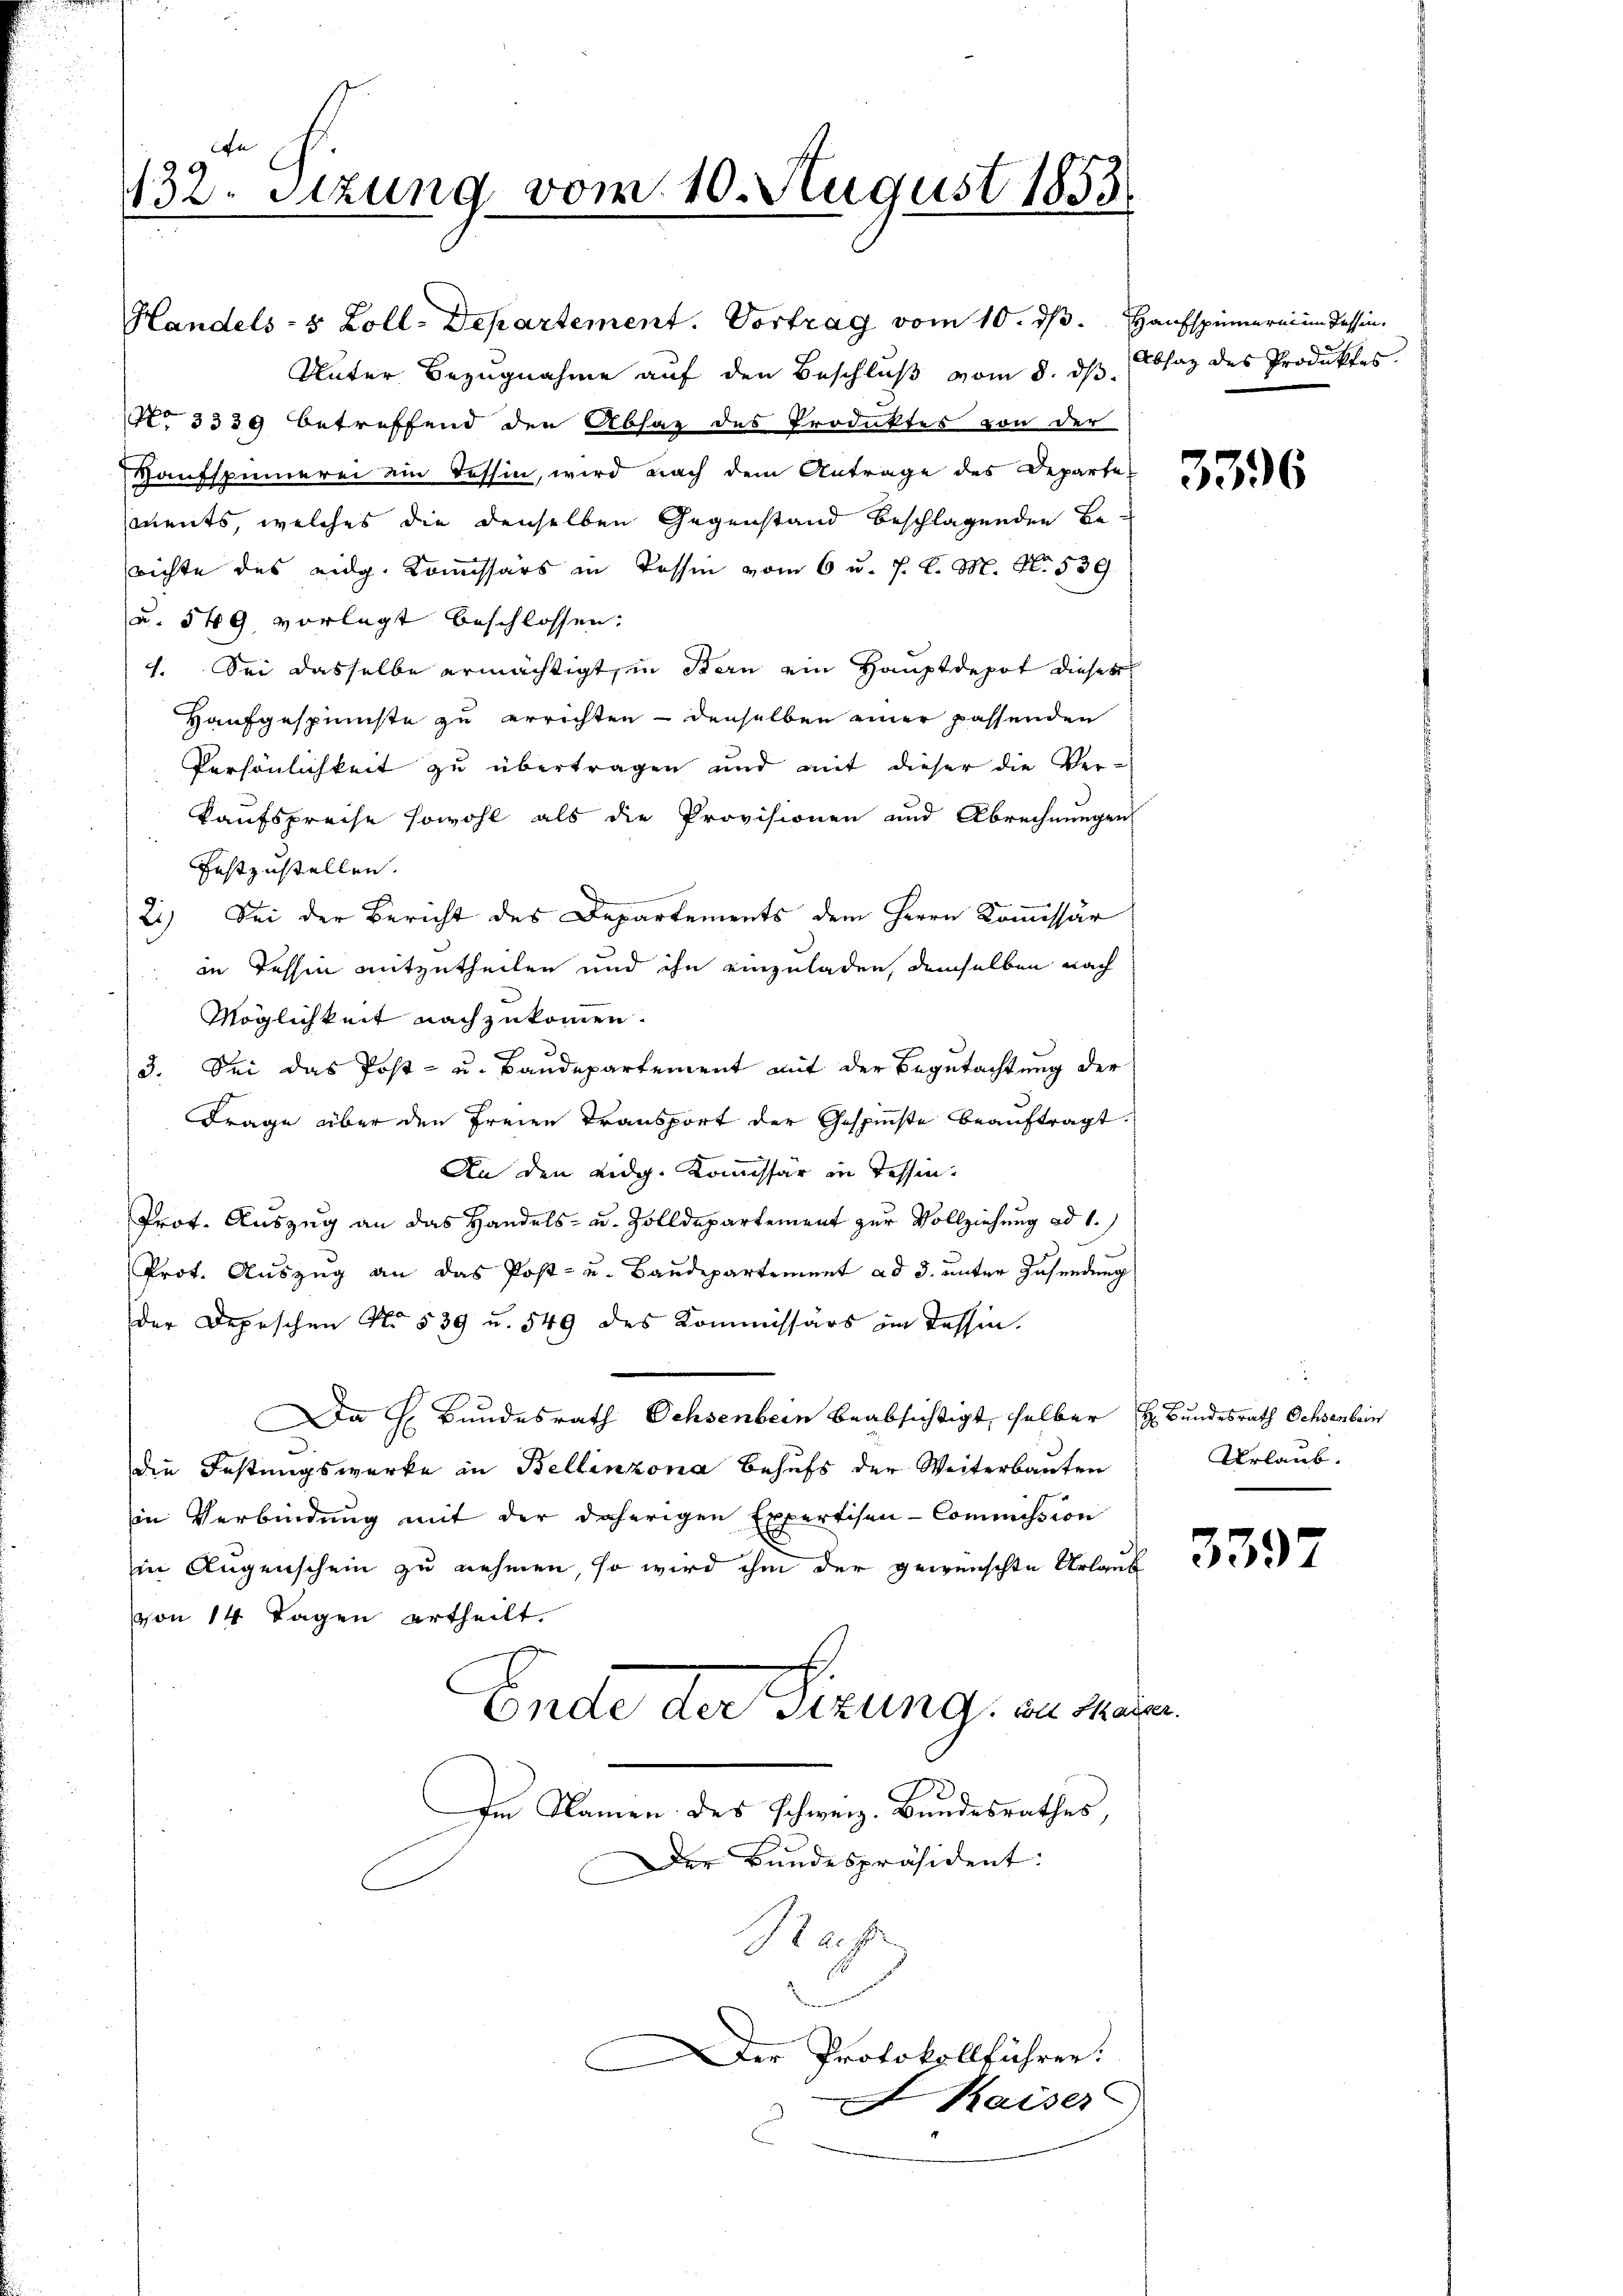
132. Sitzung vom 10. August 1853

Handels- & Zoll-Departement. Vortrag vom 10. dß. Haufspinnernium dessen.
Unter Bezŭgnahme aŭf den Beschlŭβ vom 8. dβ. Absaz des Produktes.
No 3339 betreffend den Absag des Produktes von der
Vaufspinnerei ein Tessin, wird nach dem Antrage des Departe
ments, welches die denselben Gegenstand beschlagenden Berichte des eidg. Kommissärs in Tessin vom 6 u. 7. d. M. N. 539.
(u. 549 vorlegt beschlossen:
4. Sei dasselbe ermächtigt, in Stern ein Hauptdepot diesers
Haufgespinnste zu errichten - denselben einer passenden
Persönlichkeit zu übertragen und mit dieser die Ver-
kaufspreise sowohl als die Provisionen und Abrechnungen
Festzustellen.
21) Sei der Bericht des Departements dem Herrn Kommissär
 in dessen mitzutheilen und ihn einzuladen, demselben nach
Möglichkeit nachzukommen.
3. Sei das Post- u. Baudepartement mit der Begutachtung der
Frage über den freien Transport der Gespinste beauftragt.
An den Eidg. Kommissär in Tessin,
Prot. Auszug an das Handels- u. Zolldepartement zur Vollziehung ad 1.)
Prot. Auszug an das Post- u. Baudepartement ad 3. unter Zusendung
der Depeschen No. 539 u. 549 des Kommissärs im Tessin.
Da H. Bundesrath Ochsenbein beabsichtigt, selber H. Bundesrath Ochsenbein
die Festungswerke in Bellinzona behufs der Weiterbauten
in Verbindung mit der daherigen Expertisen-Commission
in Augenschein zu nehmen, so wird ihm der gewünschte Urlaub
von 14 Tagen ertheilt.
Ende der Sizung, zu seie
Im Namen des Schweiz. Bundesrathes,
Der Bundespräsident:
Raf
Der Protokollführer.
Kaiser

3396

Urlaub.

2

3397